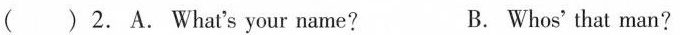
( ) 2. A.What's your name? B. Whos' that man?